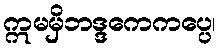
ဣမမှိဘဒ္ဒကေကပ္ပေ၊